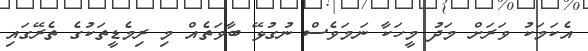
އެކަމަކު ވަރަށް މަދު މީހަކާ ނަމަވެސް ނުގުޅޭ ބާވަތެއް މި ރިމެޑީތަކުގެ ތެރޭގައި